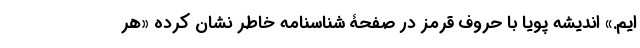
‌ایم.» اندیشه پویا با حروف قرمز در صفحۀ شناسنامه خاطر نشان کرده «هر